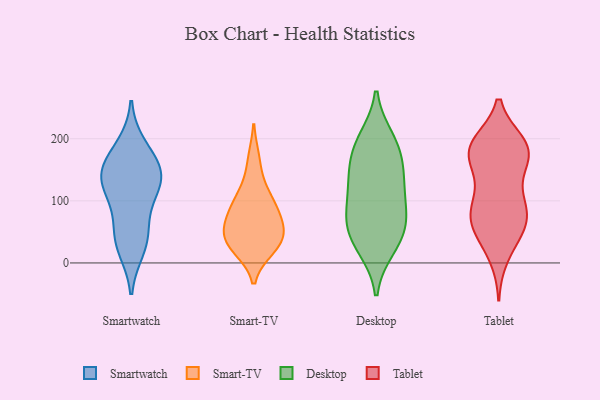
{"axis": {"x": "Budget (USD K)", "y": "Value"}, "legend": ["Desktop", "Smart-TV", "Smartwatch", "Tablet"], "data": [{"x": "", "y": 187, "type": "Smartwatch"}, {"x": "", "y": 53, "type": "Smartwatch"}, {"x": "", "y": 24, "type": "Smartwatch"}, {"x": "", "y": 158, "type": "Smartwatch"}, {"x": "", "y": 156, "type": "Smartwatch"}, {"x": "", "y": 137, "type": "Smartwatch"}, {"x": "", "y": 39, "type": "Smartwatch"}, {"x": "", "y": 127, "type": "Smartwatch"}, {"x": "", "y": 104, "type": "Smartwatch"}, {"x": "", "y": 132, "type": "Smartwatch"}, {"x": "", "y": 117, "type": "Smart-TV"}, {"x": "", "y": 39, "type": "Smart-TV"}, {"x": "", "y": 166, "type": "Smart-TV"}, {"x": "", "y": 24, "type": "Smart-TV"}, {"x": "", "y": 70, "type": "Smart-TV"}, {"x": "", "y": 69, "type": "Smart-TV"}, {"x": "", "y": 88, "type": "Smart-TV"}, {"x": "", "y": 99, "type": "Smart-TV"}, {"x": "", "y": 29, "type": "Smart-TV"}, {"x": "", "y": 49, "type": "Smart-TV"}, {"x": "", "y": 34, "type": "Smart-TV"}, {"x": "", "y": 119, "type": "Desktop"}, {"x": "", "y": 77, "type": "Desktop"}, {"x": "", "y": 50, "type": "Desktop"}, {"x": "", "y": 66, "type": "Desktop"}, {"x": "", "y": 192, "type": "Desktop"}, {"x": "", "y": 199, "type": "Desktop"}, {"x": "", "y": 145, "type": "Desktop"}, {"x": "", "y": 118, "type": "Desktop"}, {"x": "", "y": 25, "type": "Desktop"}, {"x": "", "y": 31, "type": "Desktop"}, {"x": "", "y": 75, "type": "Desktop"}, {"x": "", "y": 150, "type": "Desktop"}, {"x": "", "y": 182, "type": "Desktop"}, {"x": "", "y": 52, "type": "Tablet"}, {"x": "", "y": 177, "type": "Tablet"}, {"x": "", "y": 155, "type": "Tablet"}, {"x": "", "y": 186, "type": "Tablet"}, {"x": "", "y": 188, "type": "Tablet"}, {"x": "", "y": 188, "type": "Tablet"}, {"x": "", "y": 178, "type": "Tablet"}, {"x": "", "y": 76, "type": "Tablet"}, {"x": "", "y": 39, "type": "Tablet"}, {"x": "", "y": 87, "type": "Tablet"}, {"x": "", "y": 74, "type": "Tablet"}, {"x": "", "y": 185, "type": "Tablet"}, {"x": "", "y": 59, "type": "Tablet"}, {"x": "", "y": 151, "type": "Tablet"}, {"x": "", "y": 192, "type": "Tablet"}, {"x": "", "y": 94, "type": "Tablet"}, {"x": "", "y": 111, "type": "Tablet"}, {"x": "", "y": 78, "type": "Tablet"}, {"x": "", "y": 11, "type": "Tablet"}]}